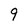
Character: 9